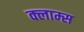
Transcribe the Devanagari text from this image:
क्लाम्स